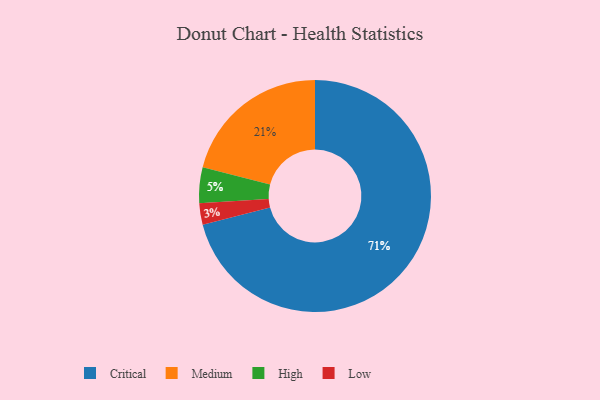
{"axis": {"x": "Category", "y": "Percentage"}, "legend": ["Critical", "High", "Low", "Medium"], "data": [{"x": "Low", "y": 3, "type": "Low"}, {"x": "Critical", "y": 71, "type": "Critical"}, {"x": "High", "y": 5, "type": "High"}, {"x": "Medium", "y": 21, "type": "Medium"}]}